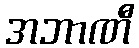
အဘာဏီ